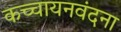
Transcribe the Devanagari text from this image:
कच्चायनवंदना